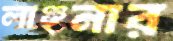
লাঞ্ছনার